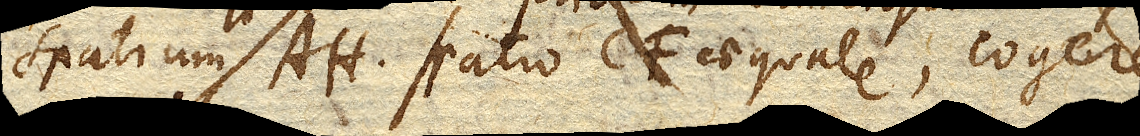
spatium AH. spatio CF. aequale, cogere